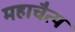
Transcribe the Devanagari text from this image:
महाचैत्य